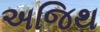
અજિથ